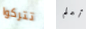
تتركوا أعلم